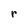
Character: r